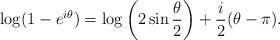
LaTeX: \begin{align*}\log (1 - e^{i\theta}) = \log \left( 2 \sin \frac{\theta}{2} \right)+ \frac{i}{2}(\theta - \pi).\end{align*}